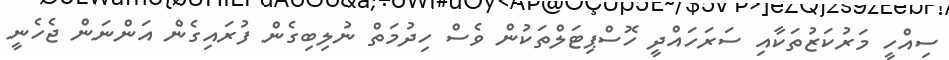
ސިއްހީ މަރުކަޒުތަކާއި ސަރަހައްދީ ހޮސްޕިޓަލްތަކުން ވެސް ހިދުމަތް ނުލިބިގެން ފުރައިގެން އަންނަން ޖެހެނީ